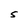
Character: S